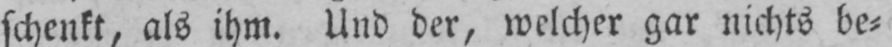
schenkt, als ihm. Und der, welcher gar nichts be⸗